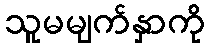
သူမမျက်နှာကို